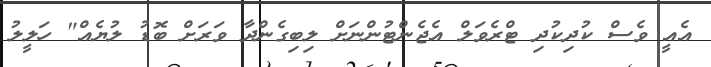
އެއީ ވެސް ކުދިކުދި ޓްރެވަލް އެޖެންޓުންނަށް ލިބިގެންދާ ވަރަށް ބޮޑު ލުޔެއް" ހަލީލު